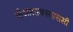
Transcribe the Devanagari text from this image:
वीआरएक्सएससी